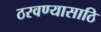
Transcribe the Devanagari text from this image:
ठरवण्यासाठि